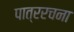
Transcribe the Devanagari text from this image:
पात्ररचना